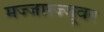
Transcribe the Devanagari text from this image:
मज्जारज्जूवर